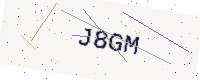
Text: J8GM